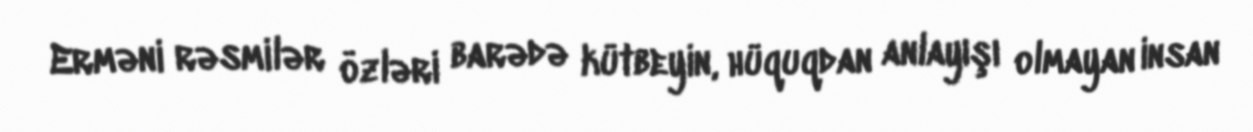
Erməni rəsmilər özləri barədə kütbeyin, hüquqdan anlayışı olmayan insan